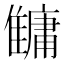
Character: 𩀬